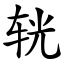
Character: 𨐈